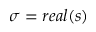
\sigma = r e a l ( s )